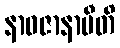
နာဝဇာနာမီတိ